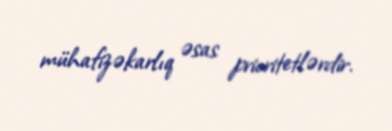
mühafizəkarlıq əsas prioritetlərdir.